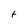
Character: t